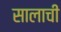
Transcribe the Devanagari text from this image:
सालाची